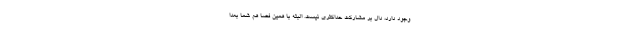
وجود دارد، دال بر مشارکت حداکثری نیست. البته با همین فضا هم شما بعدا